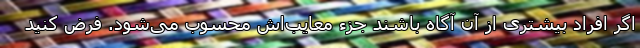
اگر افراد بیشتری از آن آگاه باشند جزء معایب‌اش محسوب می‌شود. فرض کنید